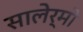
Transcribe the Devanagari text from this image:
सालेर्मो